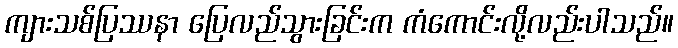
ကျားသစ်ပြဿနာ ပြေလည်သွားခြင်းက ကံကောင်းလို့လည်းပါသည်။